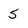
Character: 5